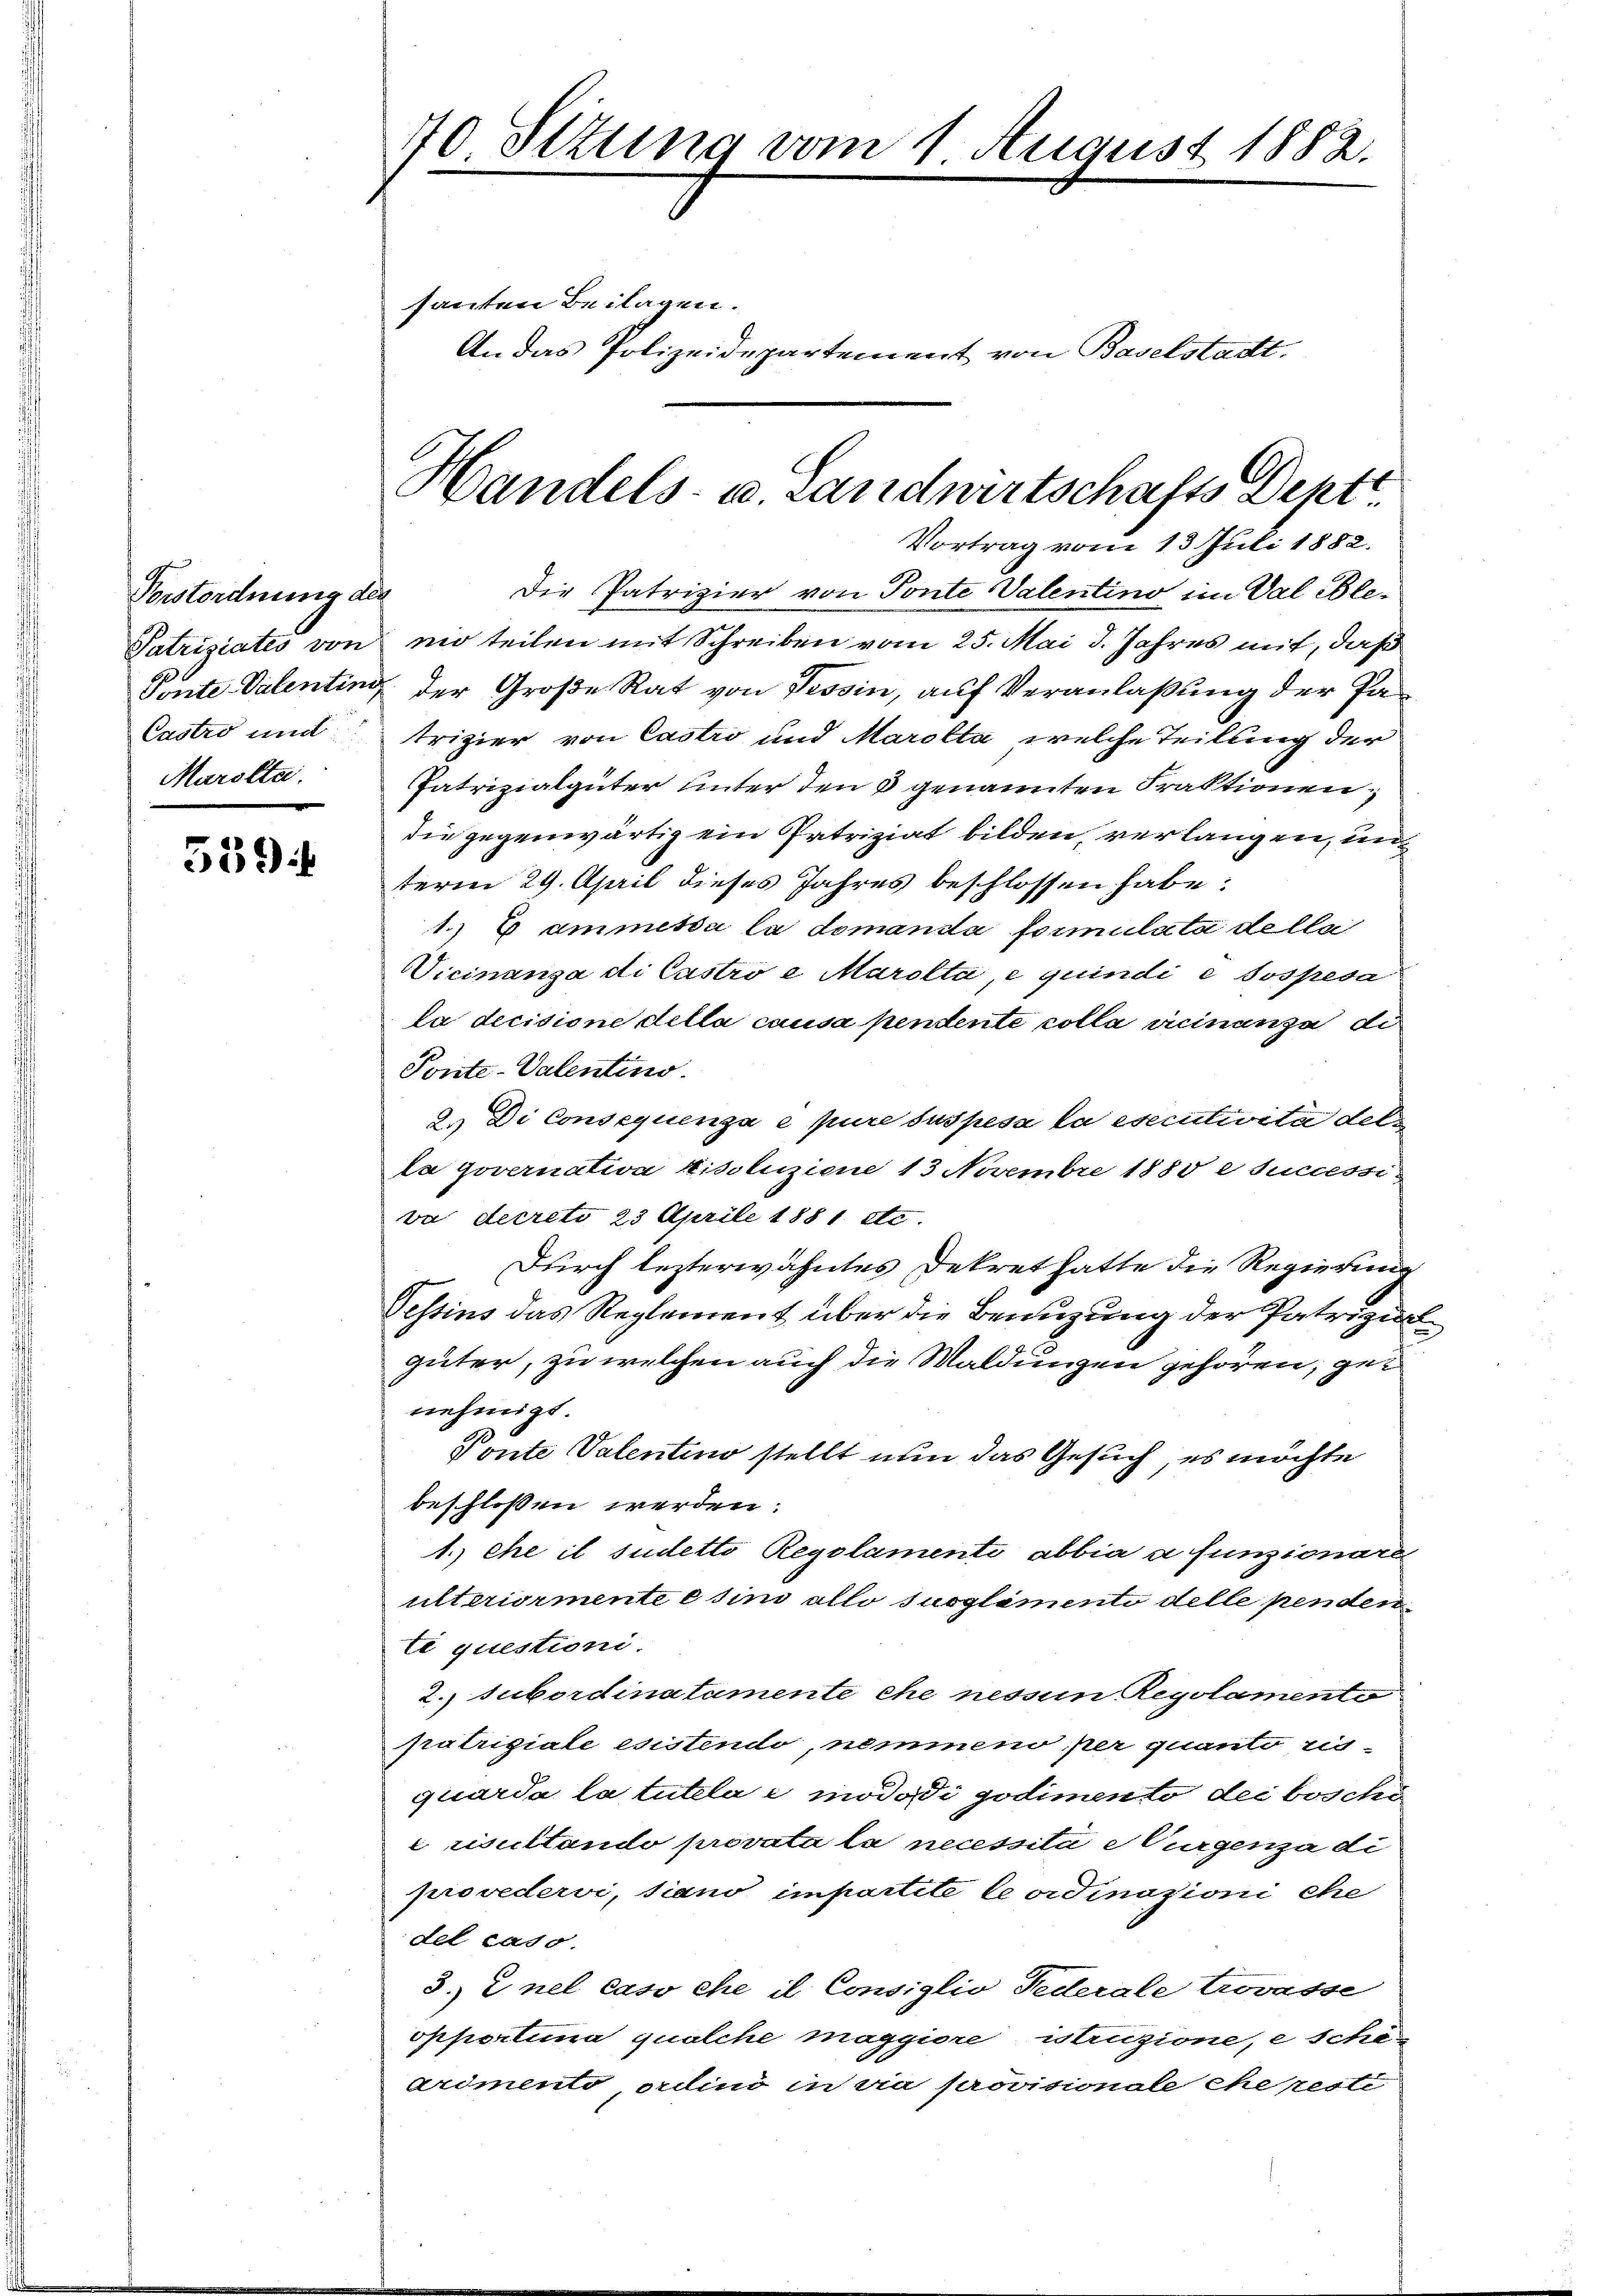
Vorstordnung des
Castro und
Marolta.

559

40. Sttung vom 1. August 1882.

santen Beilagen.
An das Polizeidepartement von Baselstadt.

Vortrag vom 13 Juli 1882.
Die Patrizier von Ponte Valentino im Val Ble¬
Patriziates von mir teilen mit Schreiben vom 25. Mai d. Jahres mit, daß
Ponte Valenting der Große Rat von Tessin, auf Veranlaßung der Patrizier von Castro und Marolta, welche Teilung der
Patrizialgüter unter den 3 genannten Fraktionen
die gegenwärtig ein Patriziat bilden, verlangen, un
term 29. April dieses Jahres beschlossen habe:
1.)E ammessa la domanda formulata dellei
Vicinanza di Castro e Marolta, e quindi e sospesa
la decisione della causa pendente colla vicinanza di
Ponte-Valentino.
2.) Di Consequenza e pure suspesa la esecutivita del
la governativa kisoliziene 13 Novembre 1880 e successi
va decreto 23 Aprile 1881 etc.
Durch lezterwähntes Dekret hatte die Regierung
Testins das Reglement über die Benuzung der Patriziel
güter, zu welchen auch die Waldungen gehören, genehmigt.
Ponte Valentino stellt nun das Gesuch, es möchte
beschlossen werden:
1. ehe il sudetto Regolamenti abbia a funzionare
ulteriormente e sind allo suoglamenti delle penden
te questioni.
2. subordinatamente che nessun Regolamento
pratriziale esistendo, nemmeno per quanto risquarda la tutela e mododi godimento dei beschr
risultando provata la necessita eurgenza di
provedervi, siano impartite le ordinazioni ehe
del caso.
3.) Enel caso che il Consiglio Federale Corasse
opportima quolche maggiore, istruzione, e sche
arimento, ordino in via provisionale che peste

Handels- u. Landwirtschafts Deptt